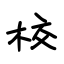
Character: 校